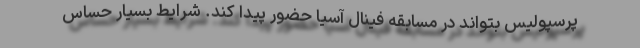
پرسپولیس بتواند در مسابقه فینال آسیا حضور پیدا کند. شرایط بسیار حساس